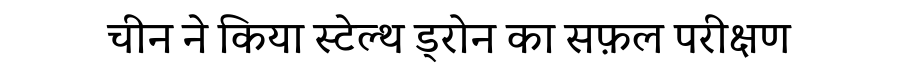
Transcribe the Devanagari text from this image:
चीन ने किया स्टेल्थ ड्रोन का सफ़ल परीक्षण